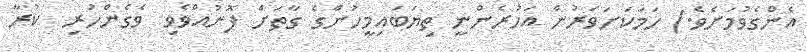
އެންގެވުމަށެވެ.) ހަމަކަށަވަރުން އަހުރެންނީ ތިޔަބައިމީހުންގެ ގާތަށް ފޮނުއްވެވި  ވެގެންހުރި  ކުރާ